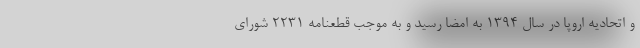
و اتحادیه اروپا در سال ۱۳۹۴ به امضا رسید و به موجب قطعنامه ۲۲۳۱ شورای